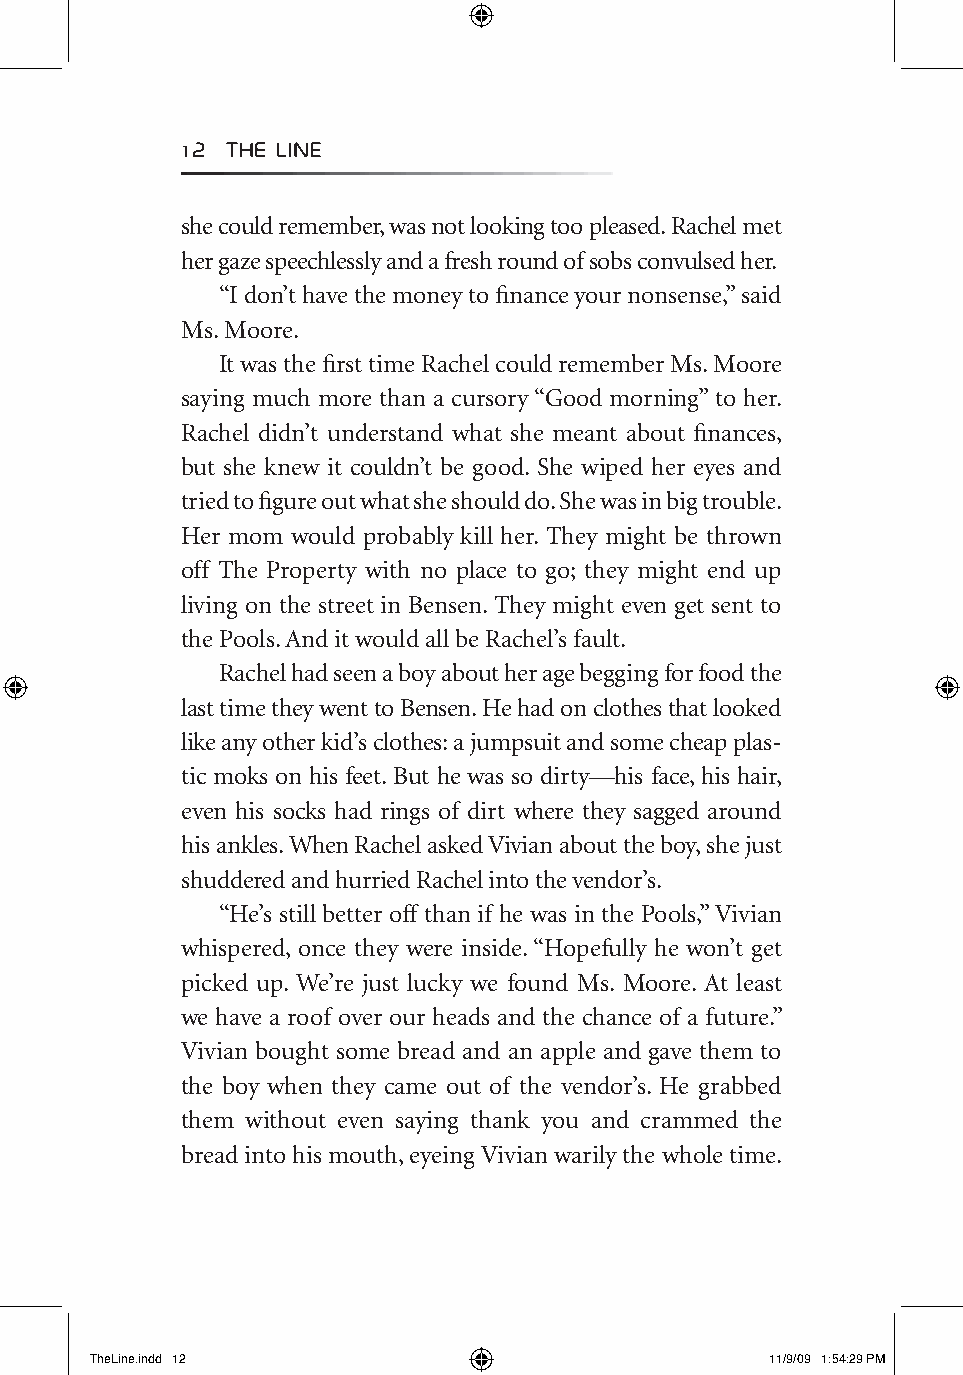
12 The LIne
 she could remember, was not looking too pleased. Rachel met
 her gaze speechlessly and a fresh round of sobs convulsed her.
 “I don’t have the money to finance your nonsense,” said
 Ms. Moore.
 It was the first time Rachel could remember Ms. Moore
 saying much more than a cursory “Good morning” to her.
 Rachel didn’t understand what she meant about finances,
 but she knew it couldn’t be good. She wiped her eyes and
 tried to figure out what she should do. She was in big trouble.
 Her mom would probably kill her. They might be thrown
 off The Property with no place to go; they might end up
 living on the street in Bensen. They might even get sent to
 the Pools. And it would all be Rachel’s fault.
 Rachel had seen a boy about her age begging for food the
 last time they went to Bensen. He had on clothes that looked
 like any other kid’s clothes: a jumpsuit and some cheap plas-
 tic moks on his feet. But he was so dirty—his face, his hair,
 even his socks had rings of dirt where they sagged around
 his ankles. When Rachel asked Vivian about the boy, she just
 shuddered and hurried Rachel into the vendor’s.
 “He’s still better off than if he was in the Pools,” Vivian
 whispered, once they were inside. “Hopefully he won’t get
 picked up. We’re just lucky we found Ms. Moore. At least
 we have a roof over our heads and the chance of a future.”
 Vivian bought some bread and an apple and gave them to
 the boy when they came out of the vendor’s. He grabbed
 them without even saying thank you and crammed the
 bread into his mouth, eyeing Vivian warily the whole time.
 TheLine.indd 12                              11/9/09 1:54:29 PM